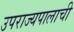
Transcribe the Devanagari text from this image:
उपराज्यपालाची